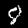
Digit: 8